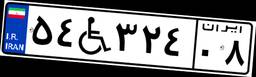
۵۴W۳۲۴۰۸